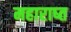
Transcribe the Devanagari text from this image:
महाराष्त